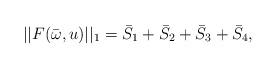
LaTeX: \begin{align*} ||F(\bar \omega, u)||_{1} =\bar S_1 + \bar S_2 + \bar S_3 + \bar S_4,\end{align*}